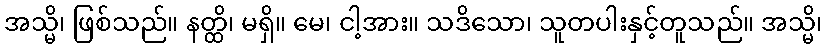
အသ္မိ၊ ဖြစ်သည်။ နတ္ထိ၊ မရှိ။ မေ၊ ငါ့အား။ သဒိသော၊ သူတပါးနှင့်တူသည်။ အသ္မိ၊